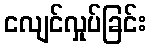
ငလျင်လှုပ်ခြင်း